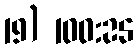
19) 100:25